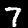
Digit: 7